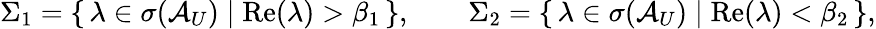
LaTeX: \Sigma_{1}=\left\{ \, \lambda\in\sigma(\mathcal{A}_{U})\; \vert\; \mathrm{Re}(\lambda)>\beta_{1}\, \right\} ,\qquad\Sigma_{2}=\left\{ \, \lambda\in\sigma(\mathcal{A}_{U})\; \vert\; \mathrm{Re}(\lambda)<\beta_{2}\, \right\} ,